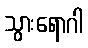
သွားရောဂါ